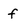
Character: f